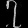
Digit: ၇